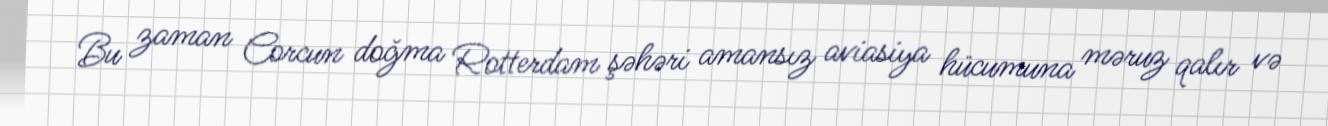
Bu zaman Corcun doğma Rotterdam şəhəri amansız aviasiya hücumuna məruz qalır və